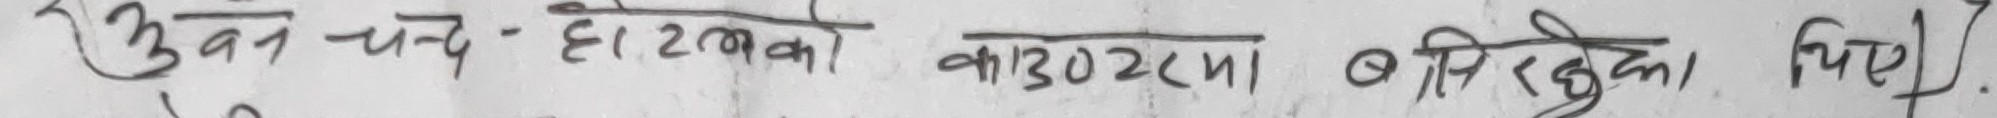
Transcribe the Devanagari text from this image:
भुवन चन्द हेटौडामा बसिरहेका थिए।